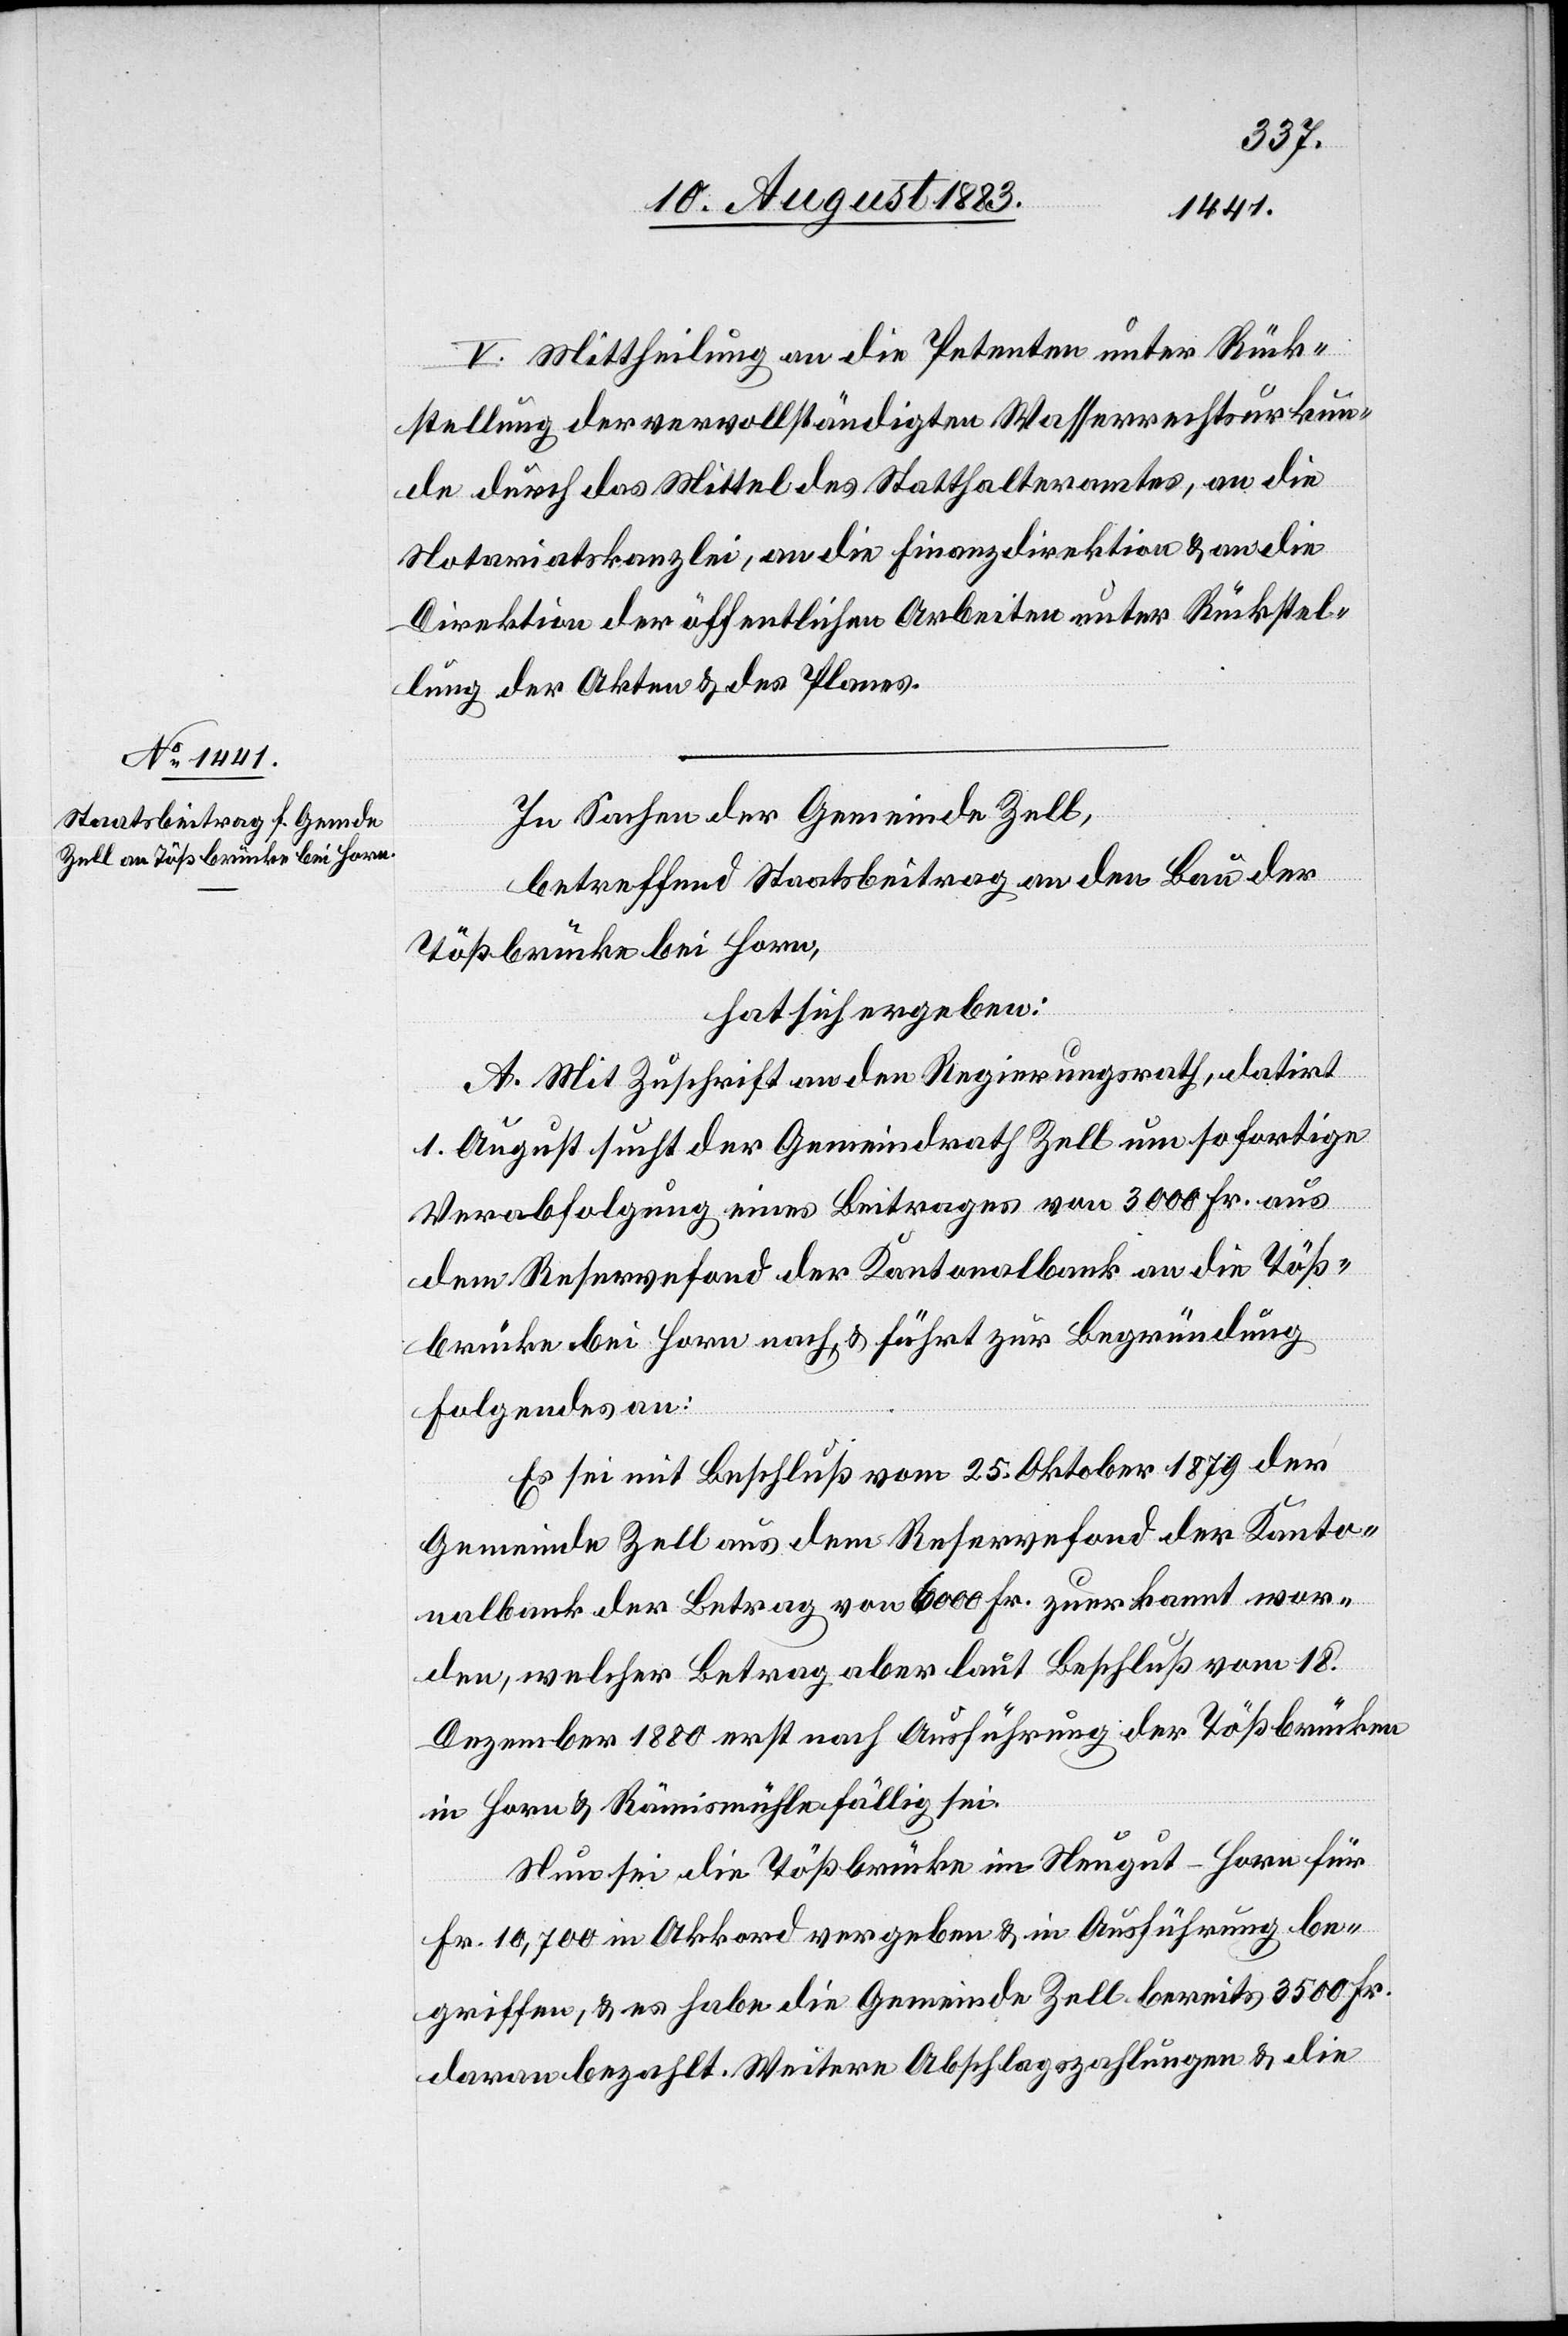
V. Mittheilung an die Petenten unter Rück¬
stellung der vervollständigten Wasserrechtsurkun¬
de durch das Mittel des Statthalteramtes, an die
Notariatskanzlei, an die Finanzdirektion & an die
Direktion der öffentlichen Arbeiten unter Rückstel¬
lung der Akten & des Planes.
In Sachen der Gemeinde Zell,
betreffend Staatsbeitrag an den Bau der
Tößbrücke bei Horn,
hat sich ergeben:
A. Mit Zuschrift an den Regierungsrath, datirt
1. August sucht der Gemeindrath Zell um sofortige
Verabfolgung eines Beitrages von 3000 Fr. aus
dem Reservefond der Kantonalbank an die Töß¬
brücke bei Horn nach, & führt zur Begründung
Folgendes an:
Es sei mit Beschluß vom 25. Oktober 1879 der
Gemeinde Zell aus dem Reservefond der Kanto¬
nalbank der Betrag von 6000 Fr. zuerkannt wor¬
den, welcher Betrag aber laut Beschluß vom 18.
Dezember 1880 erst nach Ausführung der Tößbrücken
in Horn & Rämismühle fällig sei.
Nun sei die Tößbrücke im Neugut - Horn für
Fr. 10,700 in Akkord vergeben & in Ausführung be¬
griffen, & es habe die Gemeinde Zell bereits 3500 Fr.
daran bezahlt. Weitere Abschlagszahlungen & die